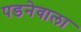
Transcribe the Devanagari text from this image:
पडनेवाला